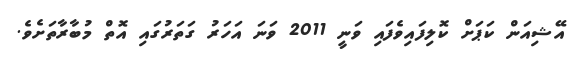
އޭޝިއަން ކަޕަށް ކޮލިފައިވެފައި ވަނީ 2011 ވަނަ އަހަރު ގަތަރުގައި އޮތް މުބާރާތަށެވެ.